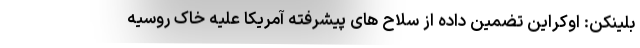
بلینکن: اوکراین تضمین داده از سلاح های پیشرفته آمریکا علیه خاک روسیه